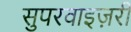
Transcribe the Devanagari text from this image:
सुपरवाइज़री